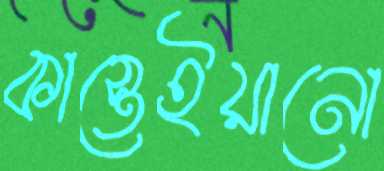
কাস্তেইয়ানো